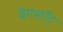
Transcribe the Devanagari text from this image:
बैगशॉट्